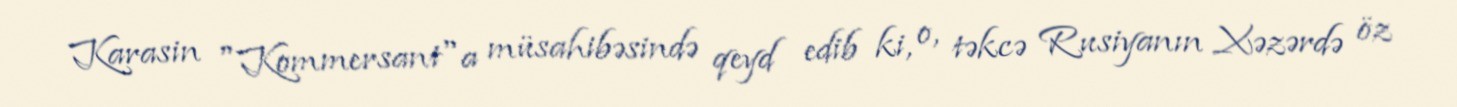
Karasin "Kommersant"a müsahibəsində qeyd edib ki, o, təkcə Rusiyanın Xəzərdə öz